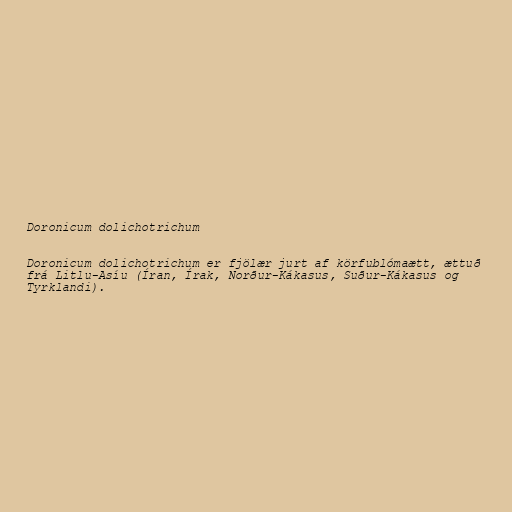
Doronicum dolichotrichum

Doronicum dolichotrichum er fjölær jurt af körfublómaætt, ættuð
frá Litlu-Asíu (Íran, Írak, Norður-Kákasus, Suður-Kákasus og
Tyrklandi).